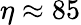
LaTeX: \eta\approx 85